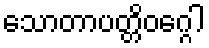
သောတာပတ္တိဝဂ္ဂေါ